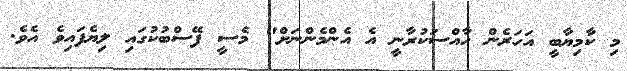
މި ކާމިޔާބީ އަހަރެން ހާއްސަކުރާނީ އެ އެންމެންނަށް" މެސީ ފޭސްބުކުގައި ލިޔެފައިވެ އެވެ.